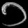
Digit: ၁